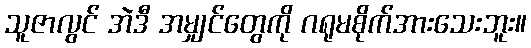
သူဇာလွင် အဲဒီ အမျှင်တွေကို ဂရုမစိုက်အားသေးဘူး။